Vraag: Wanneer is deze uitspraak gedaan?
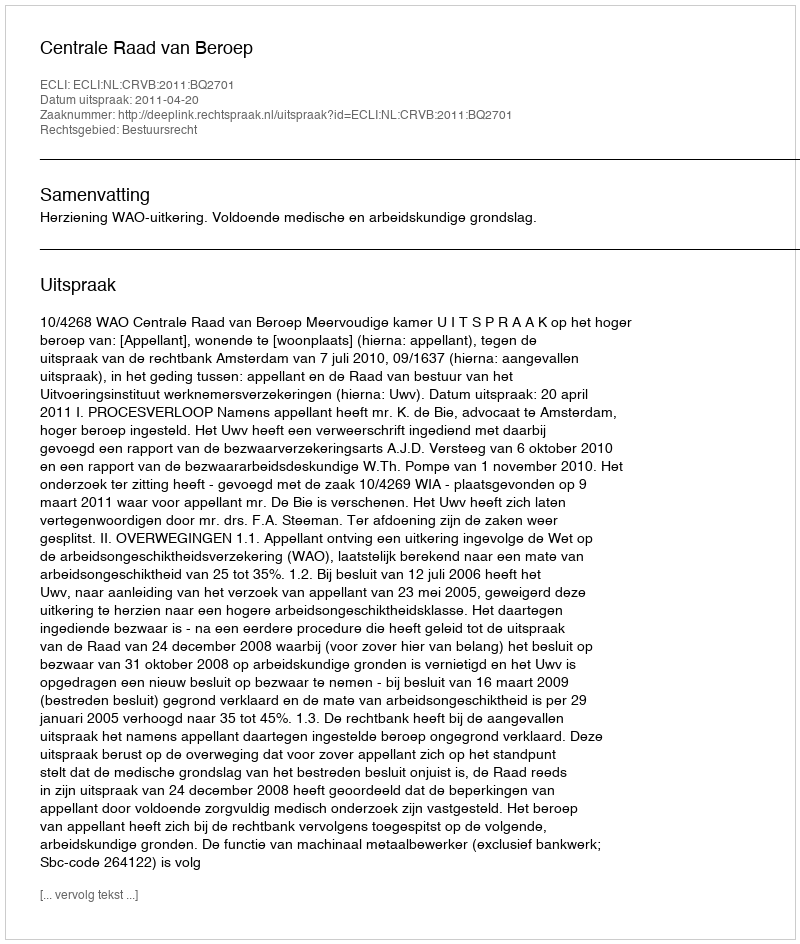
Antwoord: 2011-04-20